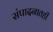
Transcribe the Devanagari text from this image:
संपादनातही